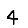
Digit: 4